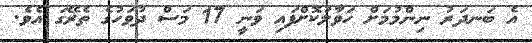
އެ ބަނދަރު ނިންމުމަށް ހަވާލުކޮށްފައި ވަނީ 17 މަސް ދުވަހުގެ ތެރޭގަ އެވެ.